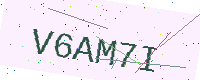
Text: V6AM7I